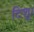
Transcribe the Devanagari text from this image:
टिशू।